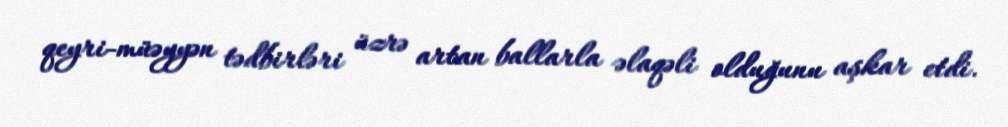
qeyri-müəyyən tədbirləri üzrə artan ballarla əlaqəli olduğunu aşkar etdi.